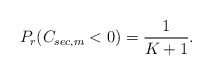
\begin{align*}P_r(C_{sec,m}<0)=\frac{1}{K+1}.\end{align*}